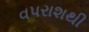
વપરાશથી